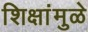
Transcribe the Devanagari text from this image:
शिक्षांमुळे